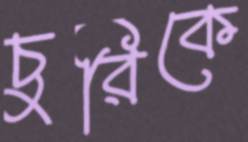
চুরিকে